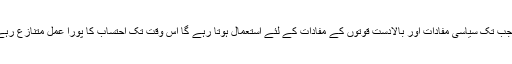
نیب جب تک سیاسی مفادات اور بالادست قوتوں کے مفادات کے لئے استعمال ہوتا رہے گا اس وقت تک احتساب کا پورا عمل متنازع رہے گا۔